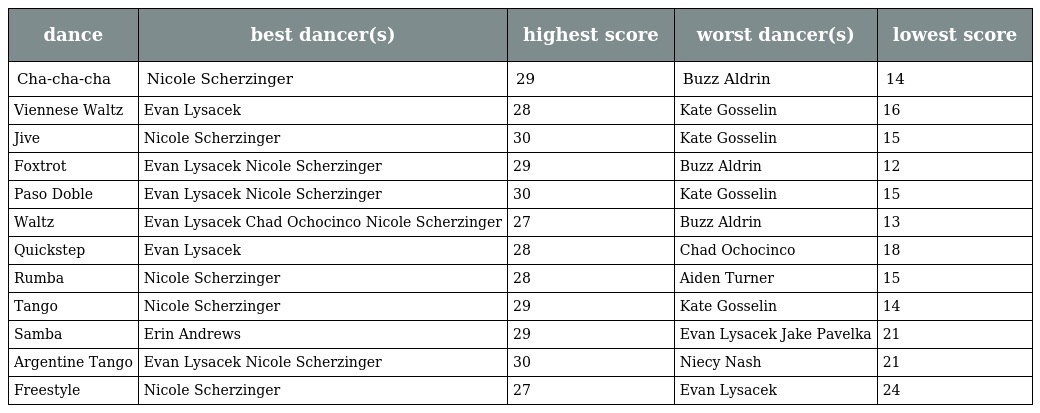
| dance | best dancer(s) | highest score | worst dancer(s) | lowest score |
 | --- | --- | --- | --- | --- |
 | Cha-cha-cha | Nicole Scherzinger | 29 | Buzz Aldrin | 14 |
 | Viennese Waltz | Evan Lysacek | 28 | Kate Gosselin | 16 |
 | Jive | Nicole Scherzinger | 30 | Kate Gosselin | 15 |
 | Foxtrot | Evan Lysacek Nicole Scherzinger | 29 | Buzz Aldrin | 12 |
 | Paso Doble | Evan Lysacek Nicole Scherzinger | 30 | Kate Gosselin | 15 |
 | Waltz | Evan Lysacek Chad Ochocinco Nicole Scherzinger | 27 | Buzz Aldrin | 13 |
 | Quickstep | Evan Lysacek | 28 | Chad Ochocinco | 18 |
 | Rumba | Nicole Scherzinger | 28 | Aiden Turner | 15 |
 | Tango | Nicole Scherzinger | 29 | Kate Gosselin | 14 |
 | Samba | Erin Andrews | 29 | Evan Lysacek Jake Pavelka | 21 |
 | Argentine Tango | Evan Lysacek Nicole Scherzinger | 30 | Niecy Nash | 21 |
 | Freestyle | Nicole Scherzinger | 27 | Evan Lysacek | 24 |